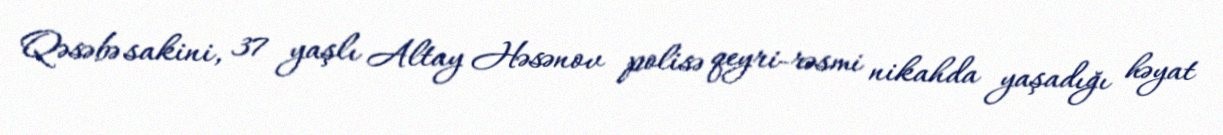
Qəsəbə sakini, 37 yaşlı Altay Həsənov polisə qeyri-rəsmi nikahda yaşadığı həyat